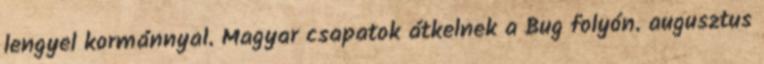
lengyel kormánnyal. Magyar csapatok átkelnek a Bug folyón. augusztus